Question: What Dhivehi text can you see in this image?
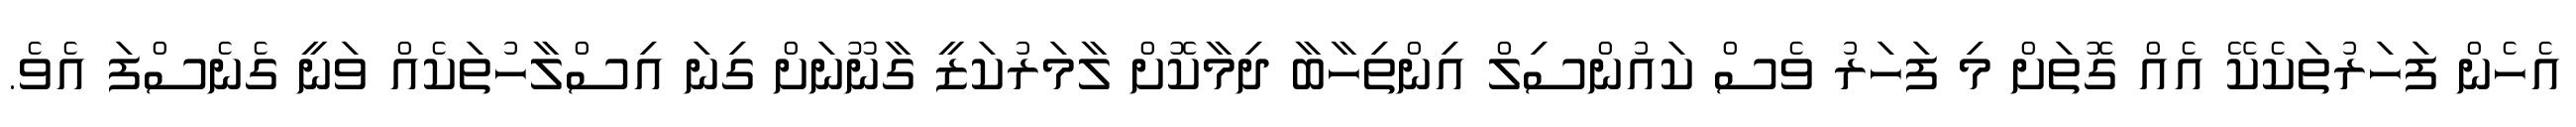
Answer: އެހެން ފަހަރުތަކެކޭ އެއް ގޮތަށް މި ފަހަރު ވެސް ކައުންސިލް އިންތިހާބާ ދިމާކޮށް ލާމަރުކަޒީ ގާނޫނަށް ގިނަ އިސްލާހުތަކެއް ވަނީ ގެނެސްފަ އެވެ.